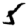
Digit: 5